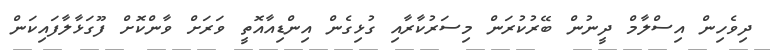
ދިވެހިން އިސްލާމް ދީނުން ބޭރުކުރަން މިސަރުކާރާއި ގުޅިގެން އިންޑިއާއޮތީ ވަރަށް ވާންކޮށް ފޫގަޅާލާފައިކަން